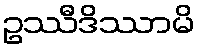
ဥဿီဒိဿာမိ